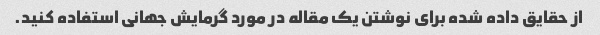
از حقایق داده شده برای نوشتن یک مقاله در مورد گرمایش جهانی استفاده کنید.